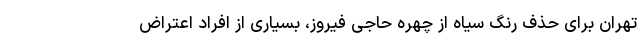
تهران برای حذف رنگ سیاه از چهره حاجی فیروز، بسیاری از افراد اعتراض